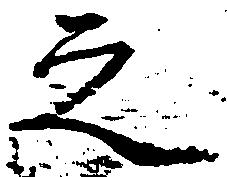
之